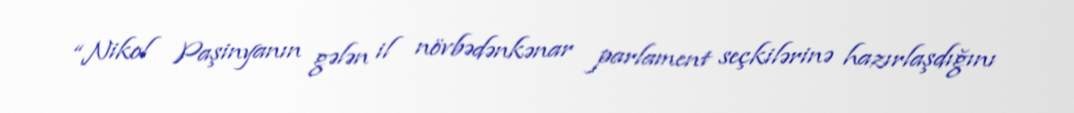
“Nikol Paşinyanın gələn il növbədənkənar parlament seçkilərinə hazırlaşdığını